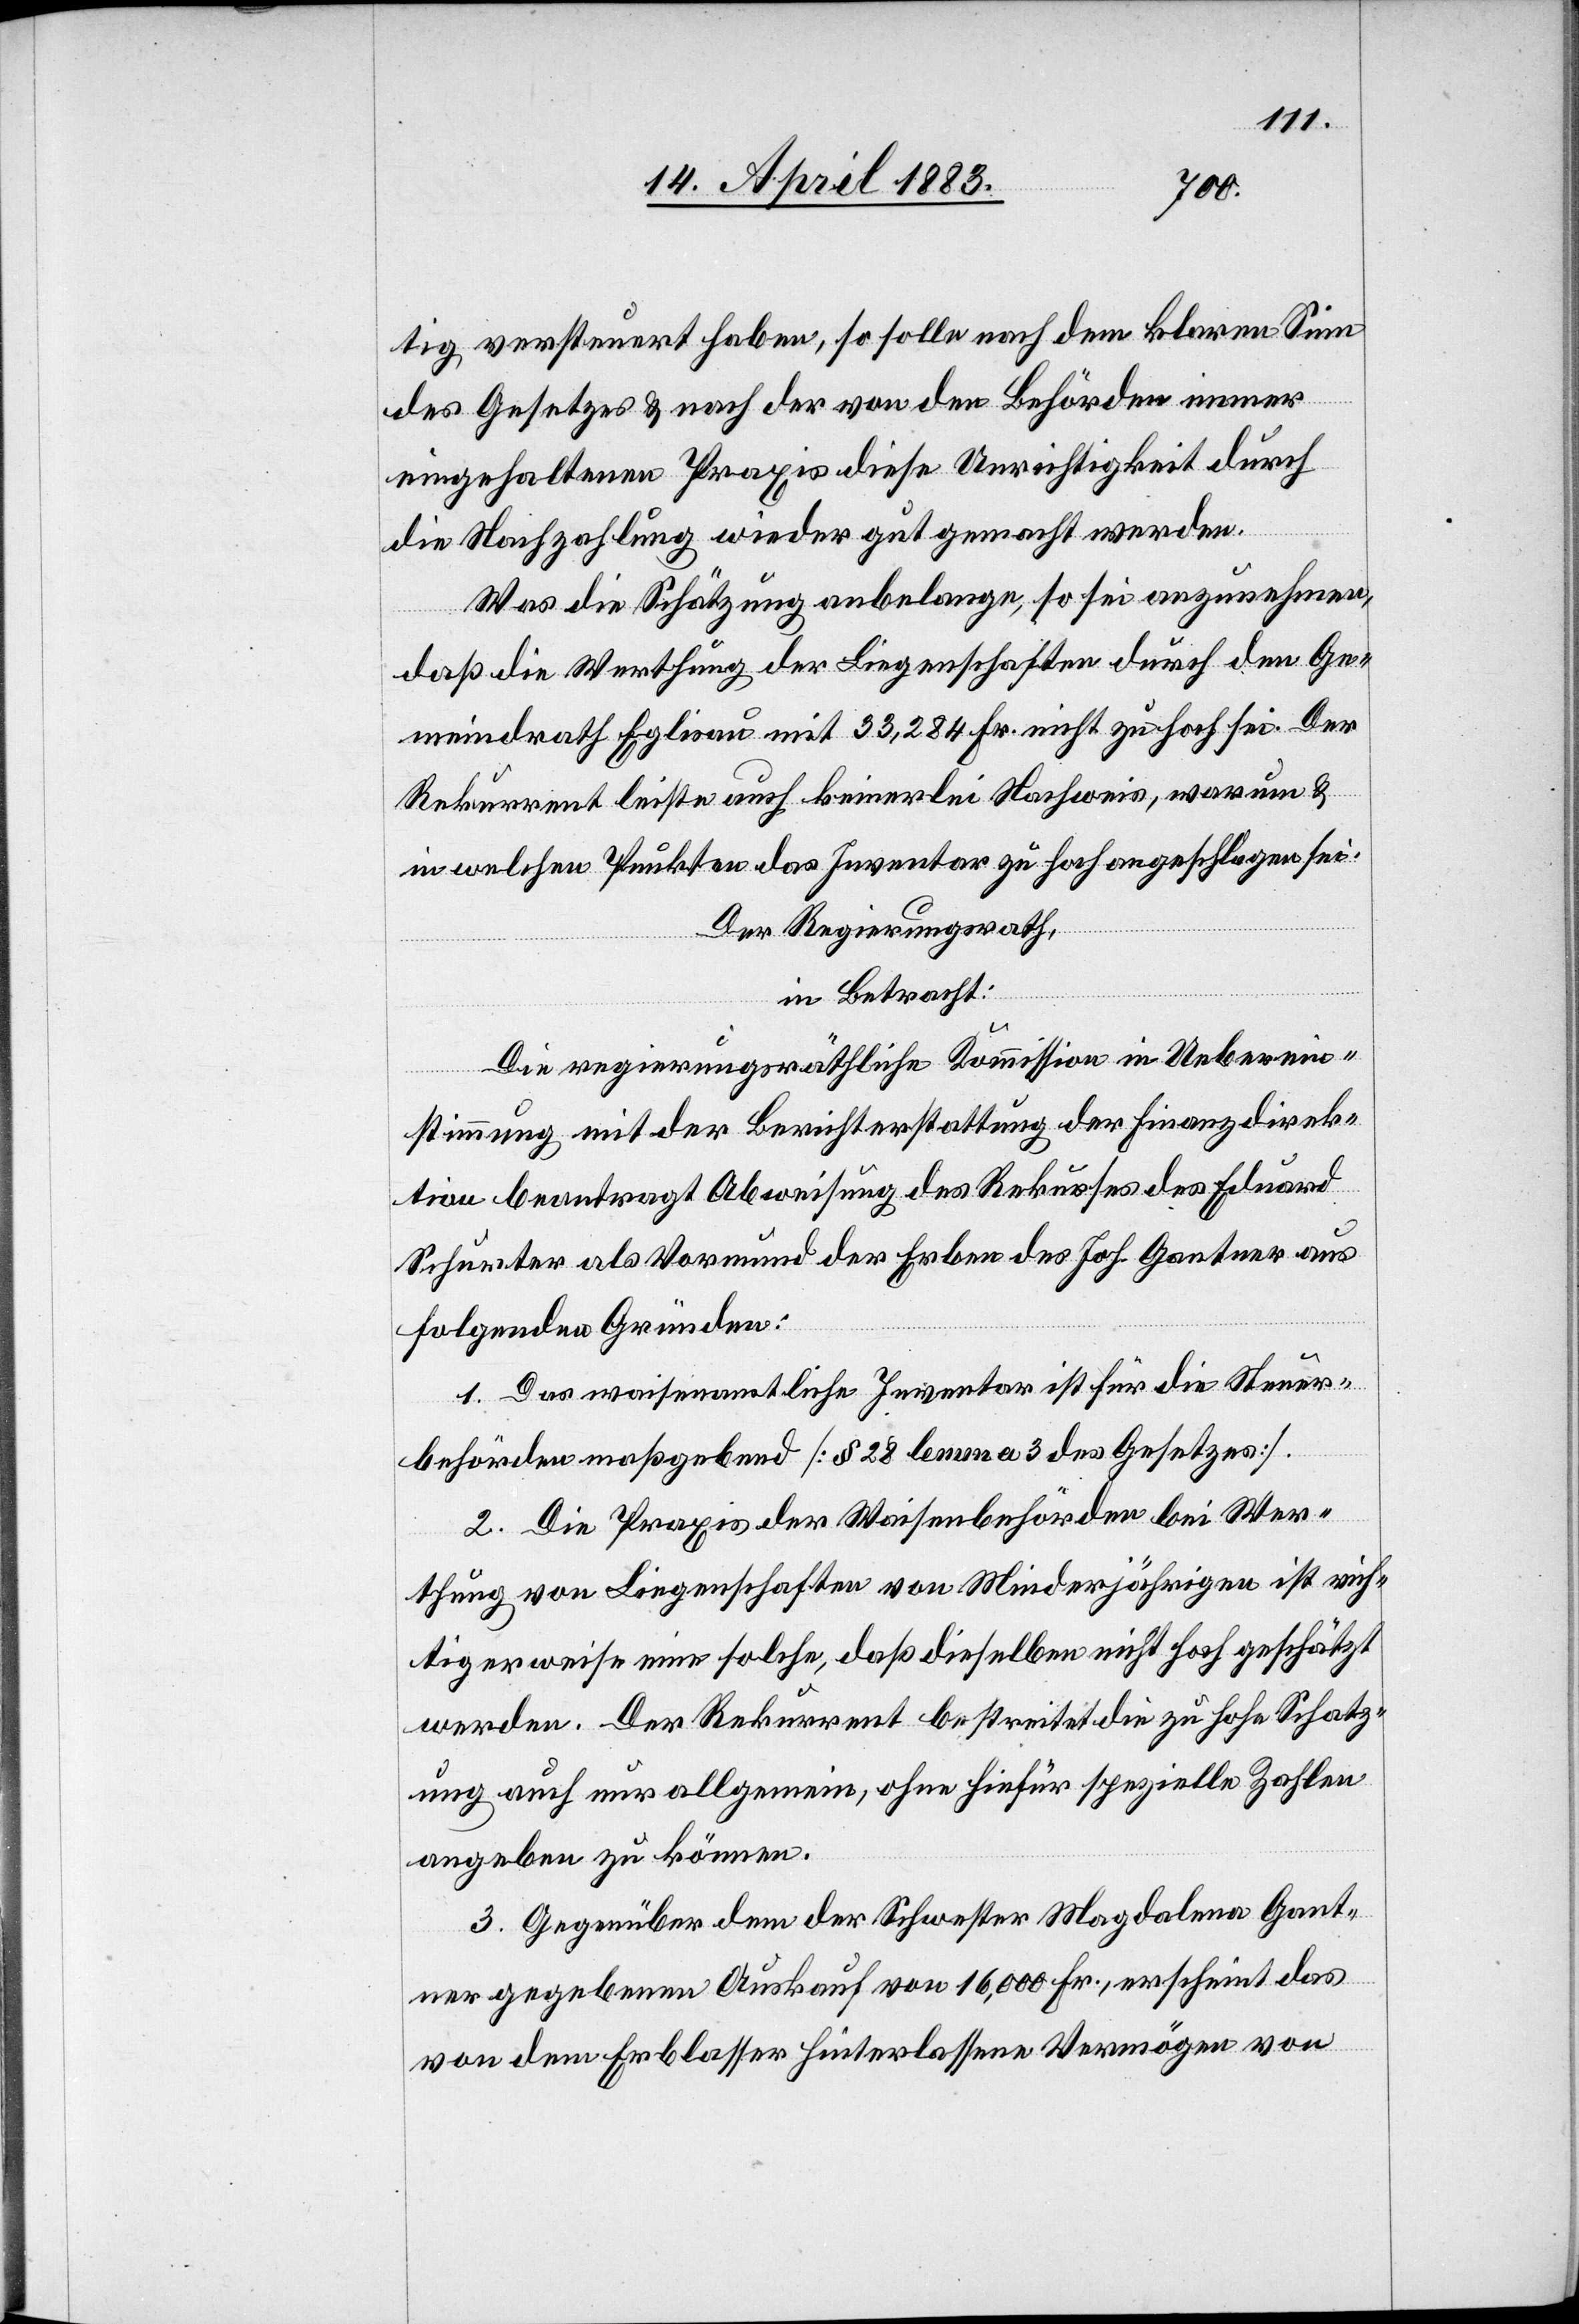
tig versteuert haben, so solle nach dem klaren Sinn
des Gesetzes & nach der von den Behörden immer
eingehaltenen Praxis diese Unrichtigkeit durch
die Nachzahlung wieder gut gemacht werden.
Was die Schätzung anbelange, so sei anzunehmen,
daß die Werthung der Liegenschaften durch den Ge¬
meindrath Eglisau mit 33,284 Fr. nicht zu hoch sei. Der
Rekurrent leiste auch keinerlei Nachweis, warum &
in welchen Punkten das Inventar zu hoch angeschlagen sei.
Der Regierungsrath,
in Betracht:
Die regierungsräthliche Kommission in Ueberein¬
stimmung mit der Berichterstattung der Finanzdirek¬
tion beantragt Abweisung des Rekurses des Eduard
Schurter als Vormund der Erben des Joh. Gantner aus
folgenden Gründen:
1. Das waisenamtliche Inventar ist für die Steuer¬
behörden maßgebend [§ 28 lemma 3 des Gesetzes].
2. Die Praxis der Waisenbehörden bei Wer¬
thung von Liegenschaften von Minderjährigen ist rich¬
tigerweise eine solche, das dieselben nicht hoch geschätzt
werden. Der Rekurrent bestreitet die zu hohe Schätz¬
ung auch nur allgemein, ohne hiefür spezielle Zahlen
angeben zu können.
3. Gegenüber dem der Schwester Magdalena Gant¬
ner gegebenen Auskauf von 16,000 Fr., erscheint das
von dem Erblasser Hinterlassene Vermögen von